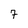
Character: 7